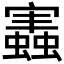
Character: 𧒡